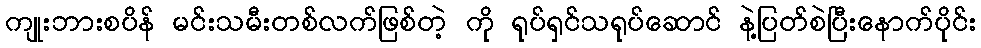
ကျုးဘားစပိန် မင်းသမီးတစ်လက်ဖြစ်တဲ့ ကို ရုပ်ရှင်သရုပ်ဆောင် နဲ့ပြတ်စဲပြီးနောက်ပိုင်း